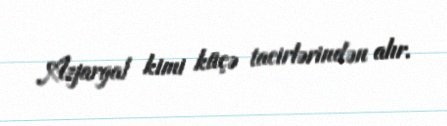
Azjargal kimi küçə tacirlərindən alır.